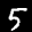
Label: 5